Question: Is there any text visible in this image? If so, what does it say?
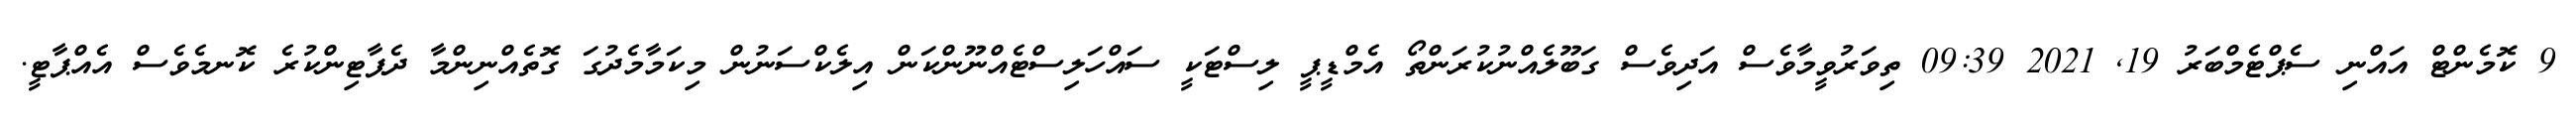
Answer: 9 ކޮމެންޓް އައްނި ސެޕްޓެމްބަރު 19, 2021 09:39 ތިވަރުވީމާވެސް އަދިވެސް ގަބޫލެއްނުކުރަންތޯ އެމްޑީޕީ ލިސްޓަކީ ސައްހަލިސްޓެއްނޫންކަން އިލެކްސަނުން މިކަމާމެދުގަ ގޮތެއްނިންމާ ދެޕާޓިންކުރެ ކޮނމެވެސް އެއްޕާޓީ.